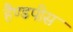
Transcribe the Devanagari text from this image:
हैण्डपीस